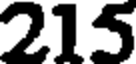
215